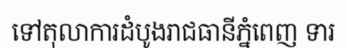
ទៅតុលាការដំបូងរាជធានីភ្នំពេញ ទារ